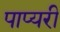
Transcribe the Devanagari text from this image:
पाप्यरी